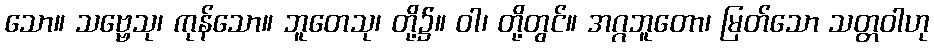
သော။ သဗ္ဗေသု၊ ကုန်သော။ ဘူတေသု၊ တို့၌။ ဝါ၊ တို့တွင်။ အဂ္ဂဘူတော၊ မြတ်သော သတ္တဝါဟု